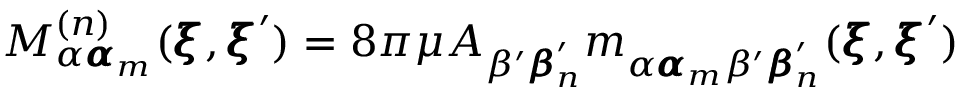
M _ { \alpha { \pmb \alpha } _ { m } } ^ { ( n ) } ( { \pmb \xi } , { \pmb \xi } ^ { \prime } ) = 8 \pi \mu A _ { \beta ^ { \prime } { \pmb \beta } _ { n } ^ { \prime } } m _ { \alpha { \pmb \alpha } _ { m } \beta ^ { \prime } { \pmb \beta } _ { n } ^ { \prime } } ( { \pmb \xi } , { \pmb \xi } ^ { \prime } )